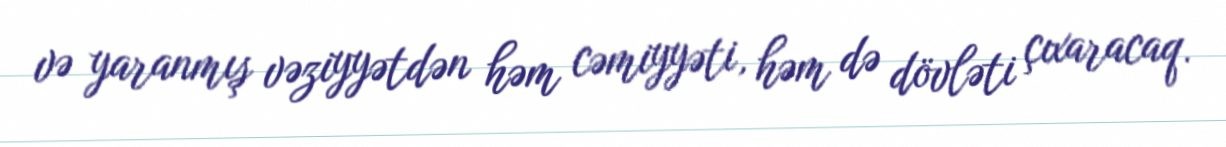
və yaranmış vəziyyətdən həm cəmiyyəti, həm də dövləti çıxaracaq.